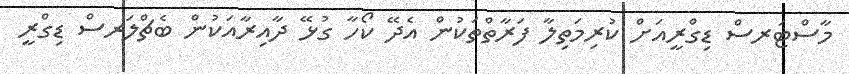
މާސްޓަރސް ޑިގްރީއަށް ކުރިމަތިލާ ފަރާތްތަކުން އެދޭ ކޯހާ ގުޅޭ ދާއިރާއަކުން ބެޗްލަރސް ޑިގްރީ